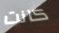
كانت